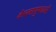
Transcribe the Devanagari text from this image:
केरलामुथाली